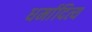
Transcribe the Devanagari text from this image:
धर्मादित्य